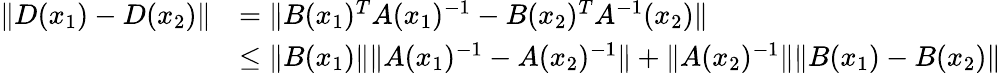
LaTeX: \begin{array}{rl}{\| D(x_{1})-D(x_{2})\| }&{=\| B(x_{1})^{T}A(x_{1})^{-1}-B(x_{2})^{T}A^{-1}(x_{2})\| }\\ &{\leq\| B(x_{1})\| \| A(x_{1})^{-1}-A(x_{2})^{-1}\| +\| A(x_{2})^{-1}\| \| B(x_{1})-B(x_{2})\| }\end{array}